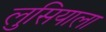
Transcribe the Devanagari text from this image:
लुसियाला